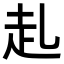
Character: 𧺇